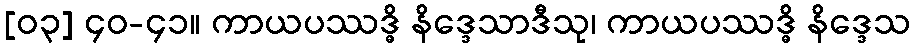
[၀၃] ၄၀-၄၁။ ကာယပဿဒ္ဓိ နိဒ္ဒေသာဒီသု၊ ကာယပဿဒ္ဓိ နိဒ္ဒေသ